Report on vaccination in the Province of Bengal - 1869-1873
Year: 1869
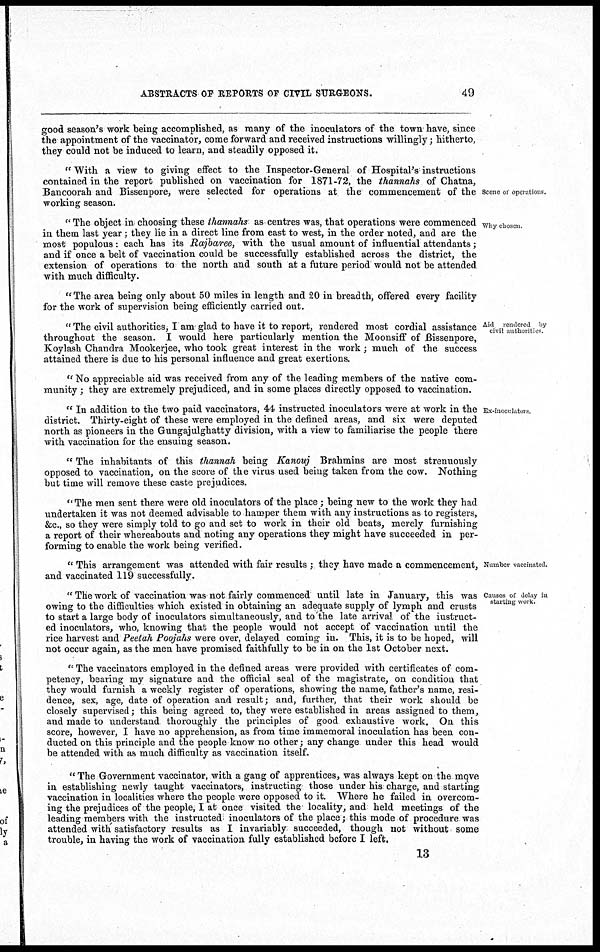
ABSTRACTS OF REPORTS OF CIVIL SURGEONS.
49
good season's work being accomplished, as many of the inoculators of the town have, since
the appointment of the vaccinator, come forward and received instructions willingly; hitherto,
they could not be induced to learn, and steadily opposed it.
Scene of operations.
" With a view to giving effect to the Inspector-General of Hospital's instructions
contained in the report published on vaccination for 1871-72, the thannahs of Chatna,
Bancoorah and Bissenpore, were selected for operations at the commencement of the
working season.
Why chosen
'' The object in choosing these thannahs as centres was, that operations were commenced
in them last year; they lie in a direct line from east to west, in the order noted, and are the
most populous: each has its Rajbaree, with the usual amount of influential attendants;
and if once a belt of vaccination could be successfully established across the district, the
extension of operations to the north and south at a future period would not be attended
with much difficulty.
" The area being only about 50 miles in length and 20 in breadth, offered every facility
for the work of supervision being efficiently carried out.
Aid rendered by
civil authorities
" The civil authorities, I am glad to have it to report, rendered most cordial assistance
throughout the season. I would here particularly mention the Moonsiff of Bissenpore,
Koylash Chandra Mookerjee, who took great interest in the work; much of the success
attained there is due to his personal influence and great exertions.
" No appreciable aid was received from any of the leading members of the native com-
munity ; they are extremely prejudiced, and in some places directly opposed to vaccination.
Ex-inoculators
" In addition to the two paid vaccinators, 44 instructed inoculators were at work in the
district. Thirty-eight of these were employed in the defined areas, and six were deputed
north as pioneers in the Gungajulghatty division, with a view to familiarise the people there
with vaccination for the ensuing season.
" The inhabitants of this thannah being Kanouj Brahmins are most strenuously
opposed to vaccination, on the score of the virus used being taken from the cow. Nothing
but time will remove these caste prejudices.
" The men sent there were old inoculators of the place; being new to the work they had
undertaken it was not deemed advisable to hamper them with any instructions as to registers,
&c, so they were simply told to go and set to work in their old beats, merely furnishing
a report of their whereabouts and noting any operations they might have succeeded in per-
forming to enable the work being verified.
Number vaccinated.
'' This arrangement was attended with fair results ; they have made a commencement,
and vaccinated 119 successfully.
Causes of delay in
starting work.
" The work of vaccination was not fairly commenced until late in January, this was
owing to the difficulties which existed in obtaining an adequate supply of lymph and crusts
to start a large body of inoculators simultaneously, and to the late arrival of the iustruct-
ed inoculators, who, knowing that the people would not accept of vaccination until the
rice harvest and Peetah Poojahs were over, delayed coming in. This, it is to be hoped, will
not occur again, as the men have promised faithfully to be in on the 1st October next.
" The vaccinators employed in the defined areas were provided with certificates of com-
petency, bearing my signature and the official seal of the magistrate, on condition that
they would furnish a weekly register of operations, showing the name, father's name, resi-
dence, sex, age, date of operation and result; and, further, that their work should be
closely supervised; this being agreed to, they were established in areas assigned to them,
and made to understand thoroughly the principles of good exhaustive work. On this
score, however, I have no apprehension, as from time immemoral inoculation has been con-
ducted on this principle and the people know no other; any change under this head would
be attended with as much difficulty as vaccination itself.
" The Government vaccinator, with a gang of apprentices, was always kept on the move
in establishing newly taught vaccinators, instructing those under his charge, and starting
vaccination in localities where the people were opposed to it. Where he failed in overcom-
ing the prejudices of the people, I at once visited the locality, and held meetings of the
leading members with the instructed inoculators of the place; this mode of procedure was
attended with satisfactory results as I invariably succeeded, though not without some
trouble, in having the work of vaccination fully established before I left.
13